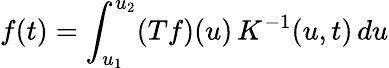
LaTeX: f(t)=\int_{u_{1}}^{u_{2}}(Tf)(u)\, K^{-1}(u,t)\, du